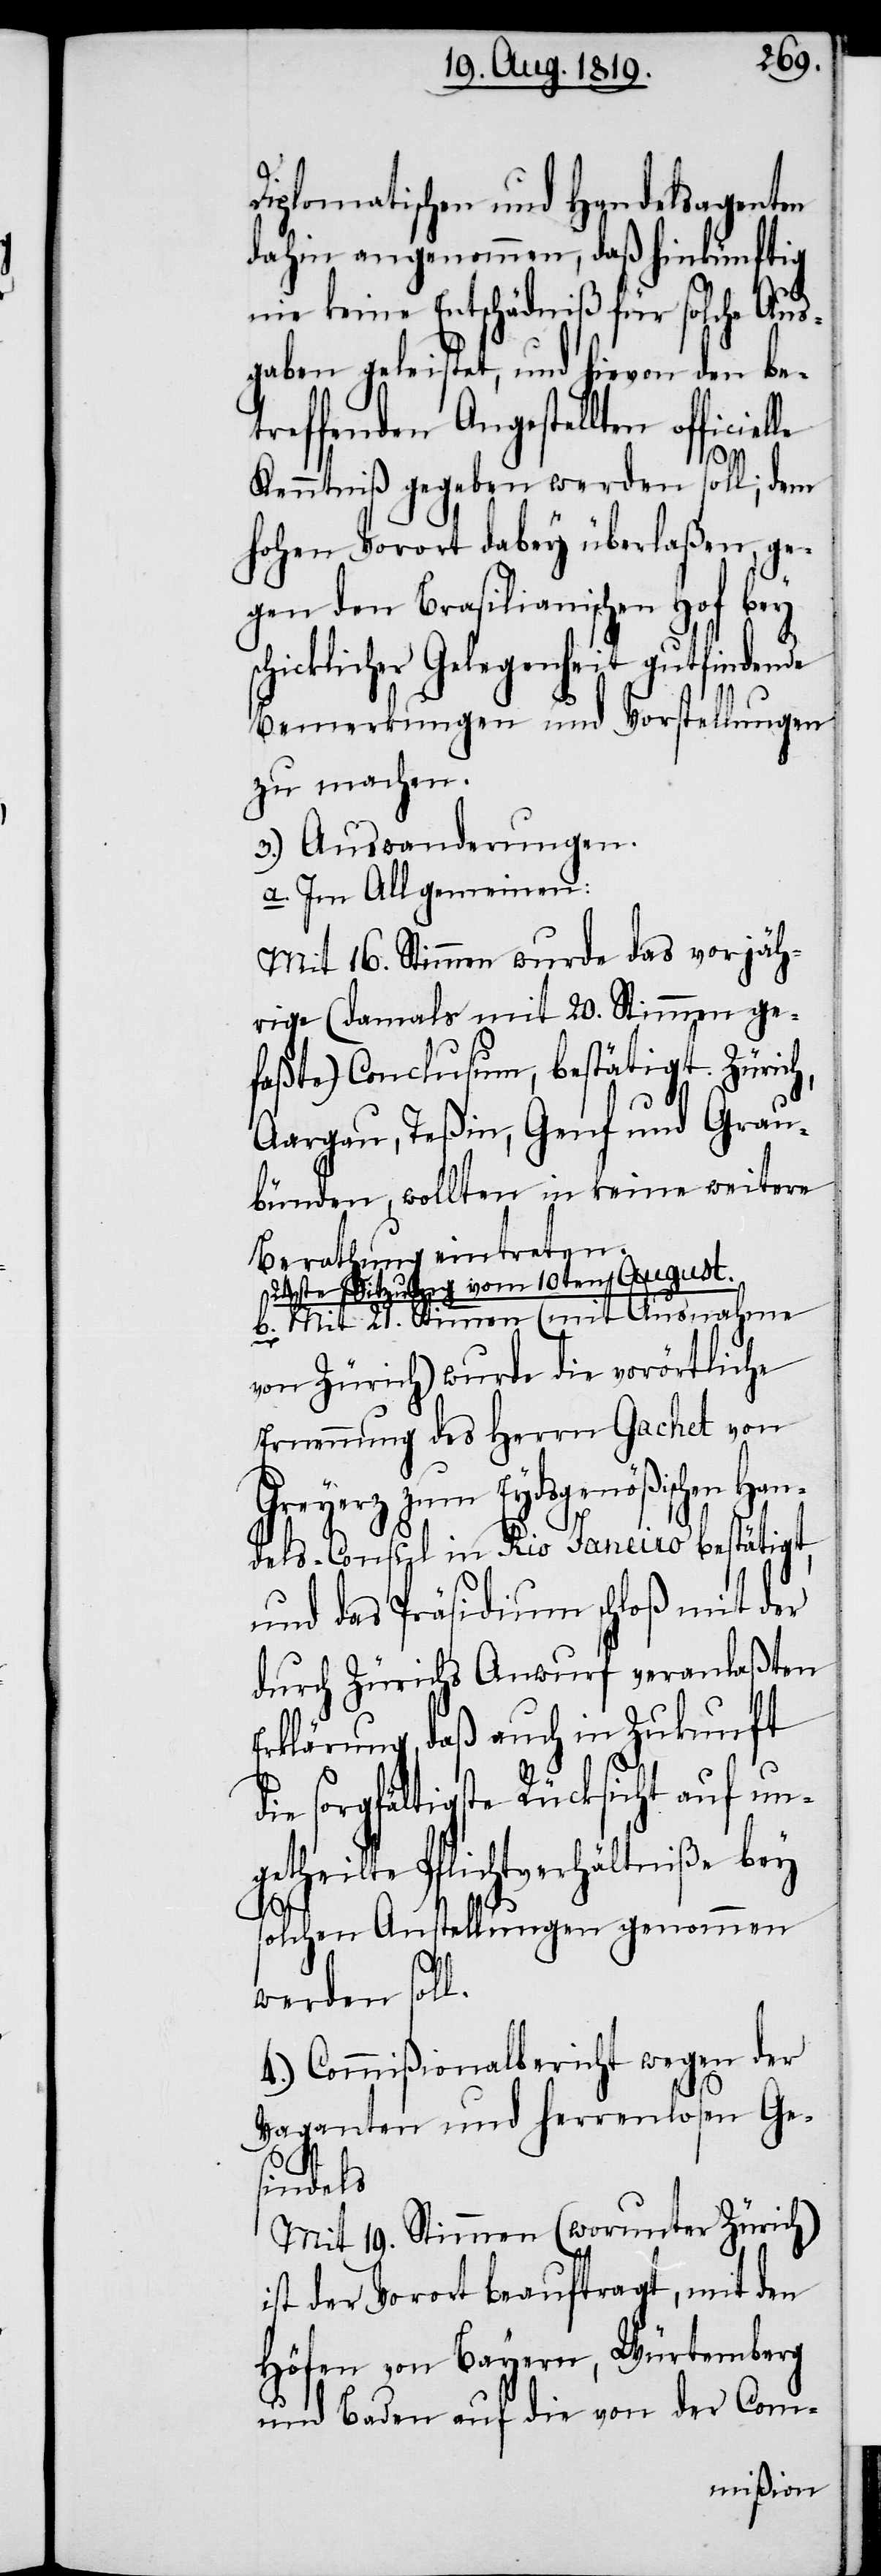
Diplomatischen und Handelsagenten
dahin angenommen, daß hinkünftig
nie keine Entschädniß für solche Aus¬
gaben geleistet, und hievon den be¬
treffenden Angestellten officie¬
Kenntniß gegeben werden soll; dem
hohen Vorort dabey überlaßen, ge¬
gen den Brasilianischen Hof bey
schicklicher Gelegenheit gutfindende
Bemerkungen und Vorstellungen
zu machen.
3.) Auswanderungen.
a. Im Allgemeinen:
Mit 16. Stimmen wurde das vorjäh¬
rige (damals mit 20. Stimmen ge¬
faßte) Conclusum, bestätigt. Zürich,
Aargau, Teßin, Genf und Grau¬
bünden, wollten in keine weitere
Berathung eintreten.
24ste Sitzung vom 10ten August.
b. Mit 21. Stimmen (mit Ausnahme
von Zürich) wurde die vorörtliche
Ernennung des Herrn Gachet von
Greyerz zum Eydsgenößischen Han¬
dels-Consul in Rio [de] Janeiro bestätigt,
und das Präsidium schloß mit der
durch Zürichs Anwurf veranlaßten
Erklärung, daß auch in Zukunft
ie sorgfältigste Rücksicht auf un¬
getheilte Pflichtverhältniße bey
solchen Anstellungen genommen
d¬
lle
werden soll.
4.) Commißionalbericht wegen der
Vaganten und Herrenlosen Ge¬
sindels.
Mit 19. Stimmen (worunter Zürich)
ist der Vorort beauftragt, mit den
Höfen von Bayern, Würtemberg
und Baden auf die von der Com-